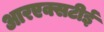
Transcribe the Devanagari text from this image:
आरएक्सटीई